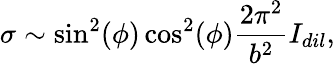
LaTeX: \sigma\sim\sin^{2}(\phi)\cos^{2}(\phi)\frac{2\pi^{2}}{b^{2}}I_{dil},